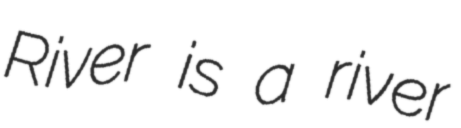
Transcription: River is a river